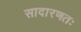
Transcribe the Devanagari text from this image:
सादारणतः